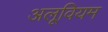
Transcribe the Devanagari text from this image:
अलूवियम